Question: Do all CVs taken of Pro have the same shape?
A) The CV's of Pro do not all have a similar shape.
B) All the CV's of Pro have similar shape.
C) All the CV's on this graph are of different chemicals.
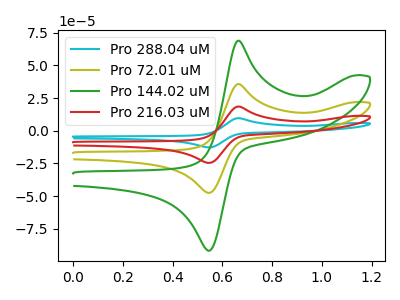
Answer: <think>The cyan curve "Pro 288.04 uM" has an anodic peak at (0.65V, 107.15uA) and a cathodic peak at (0.55V, -142.65uA). The olive curve "Pro 72.01 uM" has an anodic peak at (0.65V, 35.70uA) and a cathodic peak at (0.55V, -47.55uA). The green curve "Pro 144.02 uM" has an anodic peak at (0.65V, 68.95uA) and a cathodic peak at (0.55V, -91.80uA). The red curve "Pro 216.03 uM" has an anodic peak at (0.65V, 71.45uA) and a cathodic peak at (0.55V, -95.10uA).
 All the peaks in "Pro 288.04 uM" have a peak in "Pro 72.01 uM" at the same potential. Every peak in "Pro 288.04 uM" is higher than every peak in "Pro 72.01 uM". All the peaks in "Pro 288.04 uM" have a peak in "Pro 144.02 uM" at the same potential. Every peak in "Pro 288.04 uM" is higher than every peak in "Pro 144.02 uM". All the peaks in "Pro 288.04 uM" have a peak in "Pro 216.03 uM" at the same potential. Every peak in "Pro 288.04 uM" is higher than every peak in "Pro 216.03 uM". All the peaks in "Pro 72.01 uM" have a peak in "Pro 144.02 uM" at the same potential. Every peak in "Pro 72.01 uM" is lower than every peak in "Pro 144.02 uM". All the peaks in "Pro 72.01 uM" have a peak in "Pro 216.03 uM" at the same potential. Every peak in "Pro 72.01 uM" is lower than every peak in "Pro 216.03 uM". All the peaks in "Pro 144.02 uM" have a peak in "Pro 216.03 uM" at the same potential. Every peak in "Pro 144.02 uM" is lower than every peak in "Pro 216.03 uM".</think>
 <answer>B) All the CV's of "Pro" have similar shape.</answer>
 <eval>B</eval>